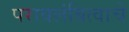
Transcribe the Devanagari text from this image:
परावलंबित्वाचे